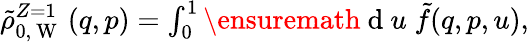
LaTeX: \begin{array}{r}{\tilde{\rho}_{0,\mathrm{~W~}}^{Z=1}\left(q,p\right)=\int_{0}^{1}\ensuremath{\mathrm{~d~}}u\; \tilde{f}(q,p,u),}\end{array}